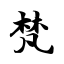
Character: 梵